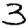
Digit: 3